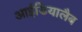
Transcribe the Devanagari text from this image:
आईडियालैब